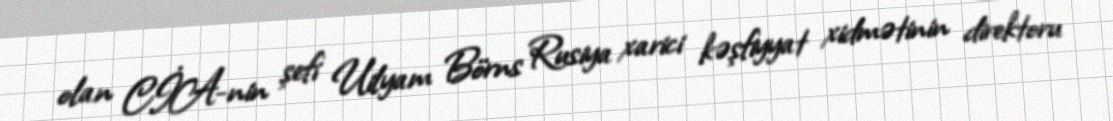
olan CİA-nin şefi Uilyam Börns Rusiya xarici kəşfiyyat xidmətinin direktoru